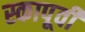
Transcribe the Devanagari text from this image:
स्कापूर्वी